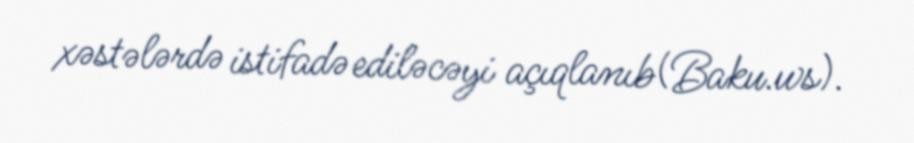
xəstələrdə istifadə ediləcəyi açıqlanıb(Baku.ws).